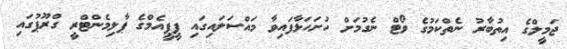
ޖަމީލްގެ އިތުބާރު ނެތްކަމުގެ ވޯޓް ނެގުމަށް ހުށަހަޅާފައިވާ މައްސަލައިގައި ޕީޕީއެމްގެ ޕާލިމެންޓްރީ ގްރޫޕުގައި